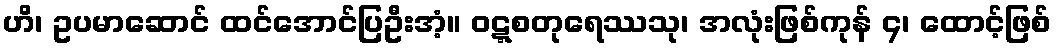
ဟိ၊ ဥပမာဆောင် ထင်အောင်ပြဦးအံ့။ ဝဋ္ဋစတုရေဿသု၊ အလုံးဖြစ်ကုန် ၄၊ ထောင့်ဖြစ်